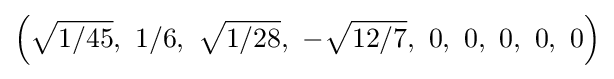
\left({\sqrt {1/45}},\ 1/6,\ {\sqrt {1/28}},\ -{\sqrt {12/7}},\ 0,\ 0,\ 0,\ 0,\ 0\right)